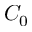
C _ { 0 }